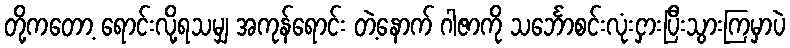
တို့ကတော့ ရောင်းလို့ရသမျှ အကုန်ရောင်း တဲ့နောက် ဂါဇာကို သင်္ဘောစင်းလုံးငှားပြီးသွားကြမှာပဲ